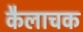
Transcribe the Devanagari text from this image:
कैलाचक